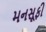
મનસૂફી